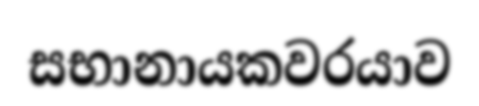
සභානායකවරයාව